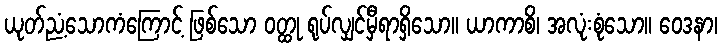
ယုတ်ညံ့သောကံကြောင့် ဖြစ်သော ဝတ္ထု ရုပ်လျှင်မှီရာရှိသော။ ယာကာစိ၊ အလုံးစုံသော။ ဝေဒနာ၊